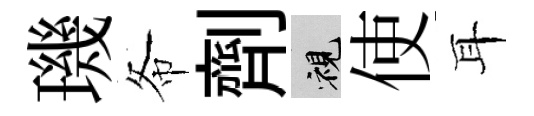
璣𢁙劑視使耳